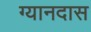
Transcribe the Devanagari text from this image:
ग्यानदास